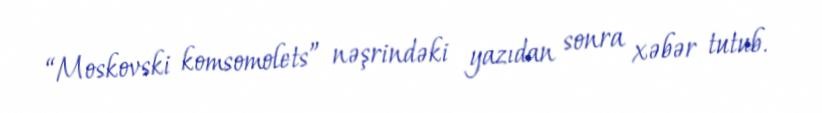
“Moskovski komsomolets” nəşrindəki yazıdan sonra xəbər tutub.